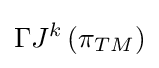
\Gamma J^{k}\left(\pi _{TM}\right)